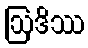
ဩဒိဿ